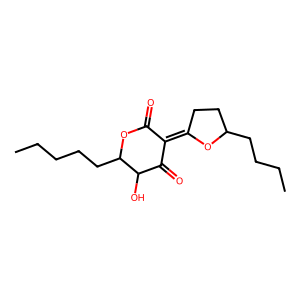
SMILES: CCCCCC1OC(=O)C(=C2CCC(CCCC)O2)C(=O)C1O
Inhibits HIV replication: No